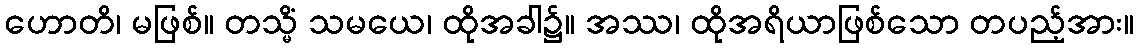
ဟောတိ၊ မဖြစ်။ တသ္မိံ သမယေ၊ ထိုအခါ၌။ အဿ၊ ထိုအရိယာဖြစ်သော တပည့်အား။